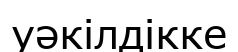
уәкілдікке